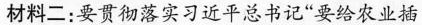
材料二：要贯彻落实习近平总书记”要给农业插